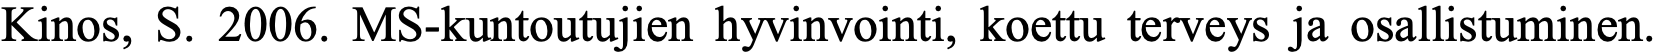
Kinos, S. 2006. MS-kuntoutujien hyvinvointi, koettu terveys ja osallistuminen.